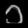
Digit: ၁